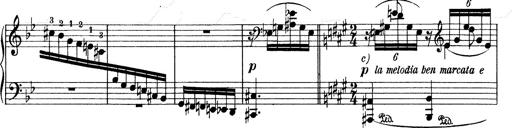
Title: Mephisto Waltz No.1
Composer: Franz Liszt